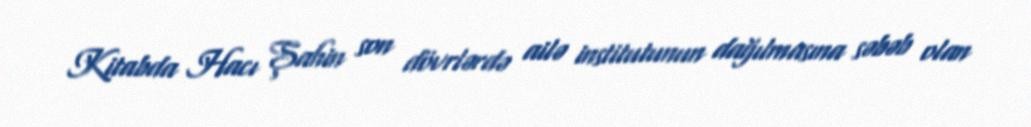
Kitabda Hacı Şahin son dövrlərdə ailə institutunun dağılmasına səbəb olan